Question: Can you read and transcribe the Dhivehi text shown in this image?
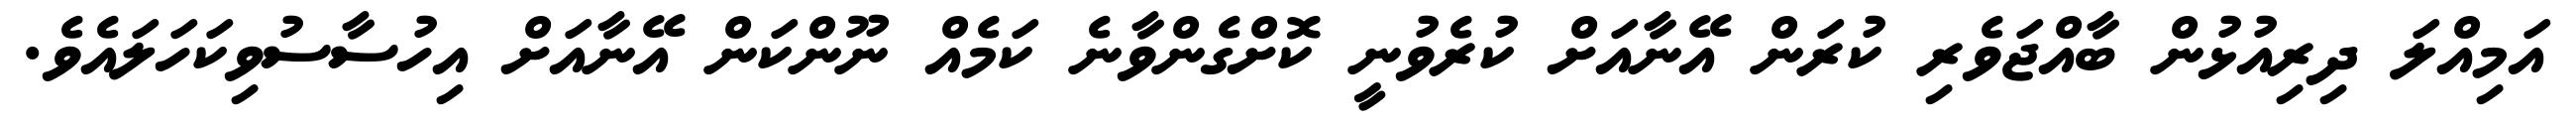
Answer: އަމިއްލަ ދިރިއުޅުން ބާއްޖަވެރި ކުރަން އޭނާއަށް ކުރެވުނީ ކޮށްގެންވާނެ ކަމެއް ނޫންކަން އޭނާއަށް އިހުސާސުވިކަހަލައެވެ.